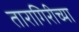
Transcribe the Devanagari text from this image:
तारागिरीच्या